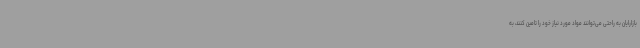
بازارایان به راحتی می‌توانند مواد مورد نیاز خود را تامین کنند، به